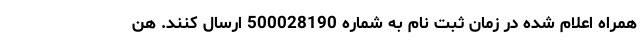
همراه اعلام شده در زمان ثبت نام به شماره 500028190 ارسال کنند. هن